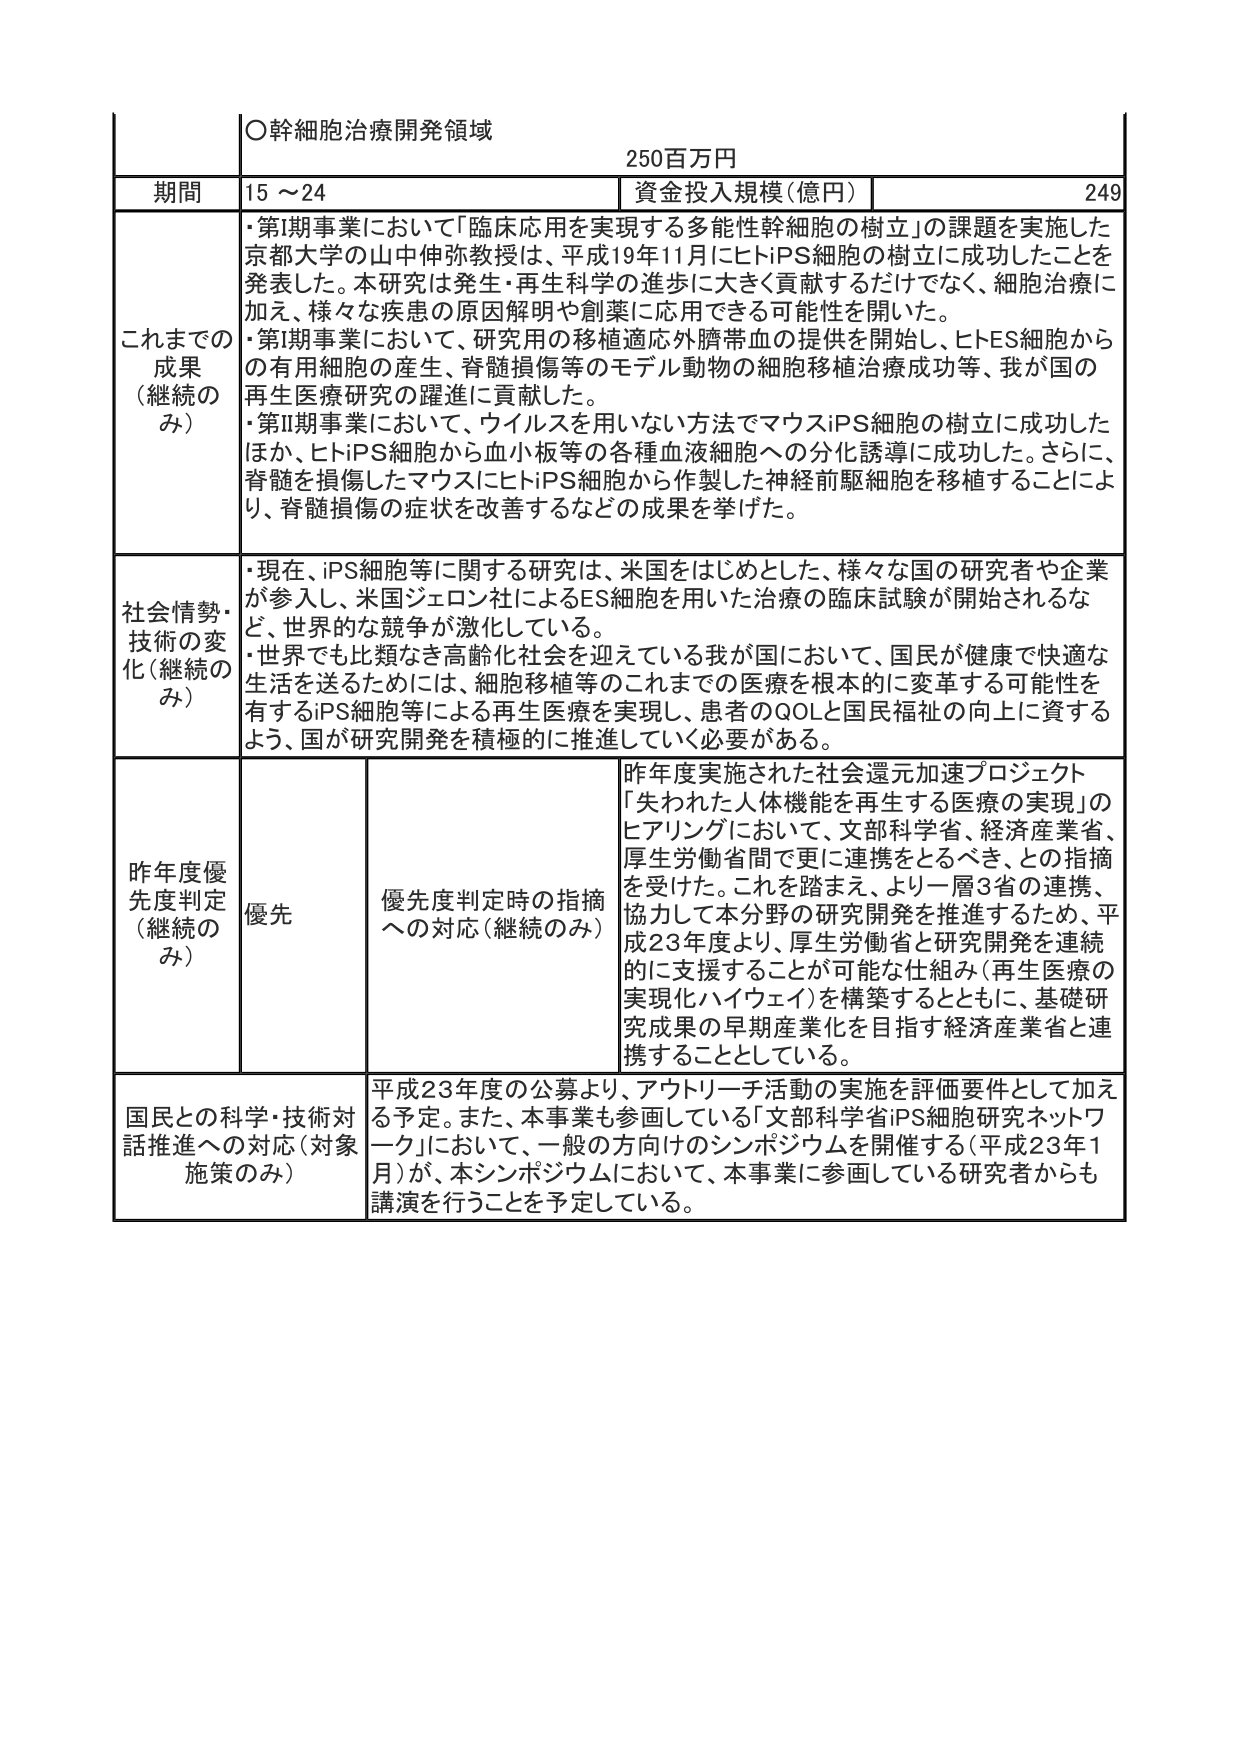
○幹細胞治療開発領域
250百万円

期間 15～24
資金投入規模（億円） 249

これまでの成果（継続のみ）
・第I期事業において「臨床応用を実現する多能性幹細胞の樹立」の課題を実施した京都大学の山中伸弥教授は、平成19年11月にヒトiPS細胞の樹立に成功したことを発表した。本研究は発生・再生科学の進歩に大きく貢献するだけでなく、細胞治療に加え、様々な疾患の原因解明や創薬に応用できる可能性を開いた。
・第I期事業において、研究用の移植適応外臍帯血の提供を開始し、ヒトES細胞からの有用細胞の産生、脊髄損傷等のモデル動物の細胞移植治療成功等、我が国の再生医療研究の躍進に貢献した。
・第II期事業において、ウイルスを用いない方法でマウスiPS細胞の樹立に成功したほか、ヒトiPS細胞から血小板等の各種血液細胞への分化誘導に成功した。さらに、脊髄を損傷したマウスにヒトiPS細胞から作製した神経前駆細胞を移植することにより、脊髄損傷の症状を改善するなどの成果を挙げた。

社会情勢・技術の変化（継続のみ）
・現在、iPS細胞等に関する研究は、米国をはじめとした、様々な国の研究者や企業が参入し、米国ジェロン社によるES細胞を用いた治療の臨床試験が開始されるなど、世界的な競争が激化している。
・世界でも比類なき高齢化社会を迎えている我が国において、国民が健康で快適な生活を送るためには、細胞移植等のこれまでの医療を根本的に変革する可能性を有するiPS細胞等による再生医療を実現し、患者のQOLと国民福祉の向上に資するよう、国が研究開発を積極的に推進していく必要がある。

昨年度優先度判定（継続のみ） 優先
優先度判定時の指摘への対応（継続のみ）
昨年度実施された社会還元加速プロジェクト「失われた人体機能を再生する医療の実現」のヒアリングにおいて、文部科学省、経済産業省、厚生労働省間で更に連携をとるべき、との指摘を受けた。これを踏まえ、より一層3省の連携、協力して本分野の研究開発を推進するため、平成23年度より、厚生労働省と研究開発を連続的に支援することが可能な仕組み（再生医療の実現化ハイウェイ）を構築するとともに、基礎研究成果の早期産業化を目指す経済産業省と連携することとしている。

国民との科学・技術対話推進への対応（対象施策のみ）
平成23年度の公募より、アウトリーチ活動の実施を評価要件として加える予定。また、本事業も参画している「文部科学省iPS細胞研究ネットワーク」において、一般の方向けのシンポジウムを開催する（平成23年1月）が、本シンポジウムにおいて、本事業に参画している研究者からも講演を行うことを予定している。